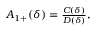
\begin{array} { r } { A _ { 1 + } ( \delta ) = \frac { C ( \delta ) } { D ( \delta ) } , } \end{array}